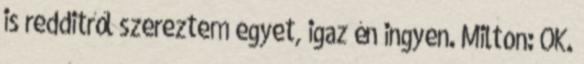
is redditről szereztem egyet, igaz én ingyen. Milton: OK.